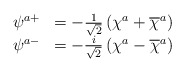
\begin{align*}\begin{array}{ccc}\psi ^{a+} & =-\frac 1{\sqrt{2}}\left( \chi ^a+\overline{\chi }^a\right) & \\ \psi ^{a-} & =-\frac i{\sqrt{2}}\left( \chi ^a-\overline{\chi }^a\right) & \end{array}\end{align*}